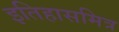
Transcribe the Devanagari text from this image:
इतिहासमित्र